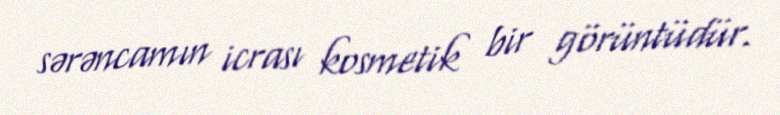
sərəncamın icrası kosmetik bir görüntüdür.